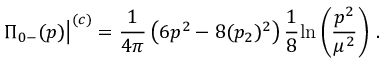
\displaystyle { \left. \Pi _ { 0 - } ( p ) \right| ^ { ( c ) } = \frac { 1 } { 4 \pi } \left( 6 p ^ { 2 } - 8 ( p _ { 2 } ) ^ { 2 } \right) \frac { 1 } { 8 } \mathrm { l n } \left( \frac { p ^ { 2 } } { \mu ^ { 2 } } \right) \, . }